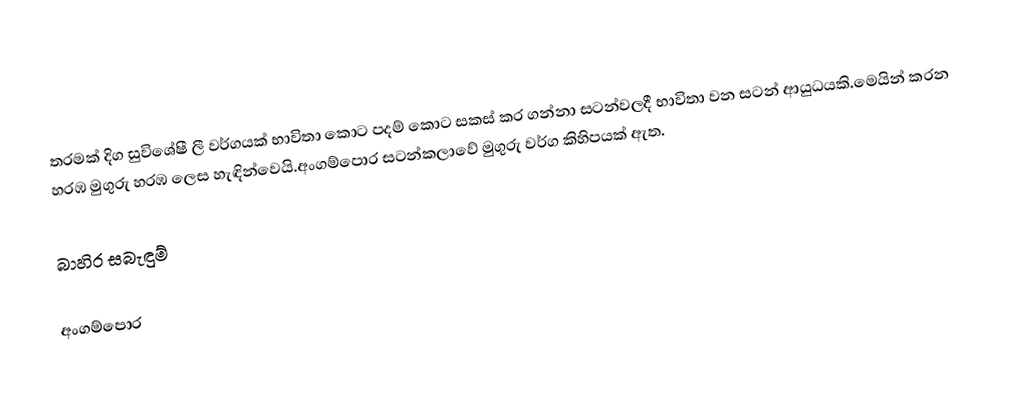
තරමක් දිග සුවිශේෂී ලී වර්ගයක් භාවිතා කොට පදම් කොට සකස් කර ගන්නා  සටන්වලදී භාවිතා වන සටන් ආයුධයකි.මෙයින් කරන හරඹ මුගුරු හරඹ ලෙස හැඳින්වෙයි.අංගම්පොර සටන්කලාවේ මුගුරු වර්ග කිහිපයක් ඇත.

බාහිර සබැඳුම්

අංගම්පොර